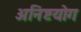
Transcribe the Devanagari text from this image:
अनिष्टयोग